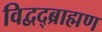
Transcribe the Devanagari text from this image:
विद्वद्ब्राह्मण